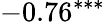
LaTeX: -0.76^{***}